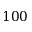
1 0 0